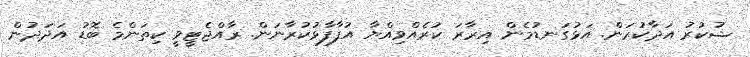
ޝުކުރު އަދާކުރަން. އަޅުގަނޑުމެން އިރާރަ ކުރެއްވިއްޔާ އުފާފާޅުކުރާނަން. ރާއްޖެޓީވީ ކިތަންމެ ބޮޑު އަދަދުން